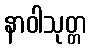
နာဝါသုတ္တ